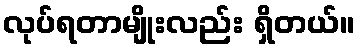
လုပ်ရတာမျိုးလည်း ရှိတယ်။